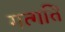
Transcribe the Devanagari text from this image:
गत्गति